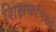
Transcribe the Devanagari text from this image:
शिक्षकांमध्ये